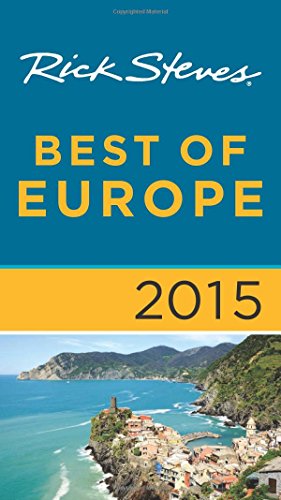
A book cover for Rick Steves Best of Europe 2015; Rick Steves; Travel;